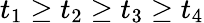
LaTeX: t_{1}\geq t_{2}\geq t_{3}\geq t_{4}